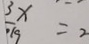
\frac { 3 x } { 1 9 } = 2